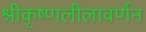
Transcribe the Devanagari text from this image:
श्रीकृष्णलीलावर्णन